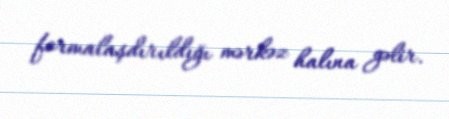
formalaşdırıldığı mərkəz halına gəlir.